Indian Medical Review
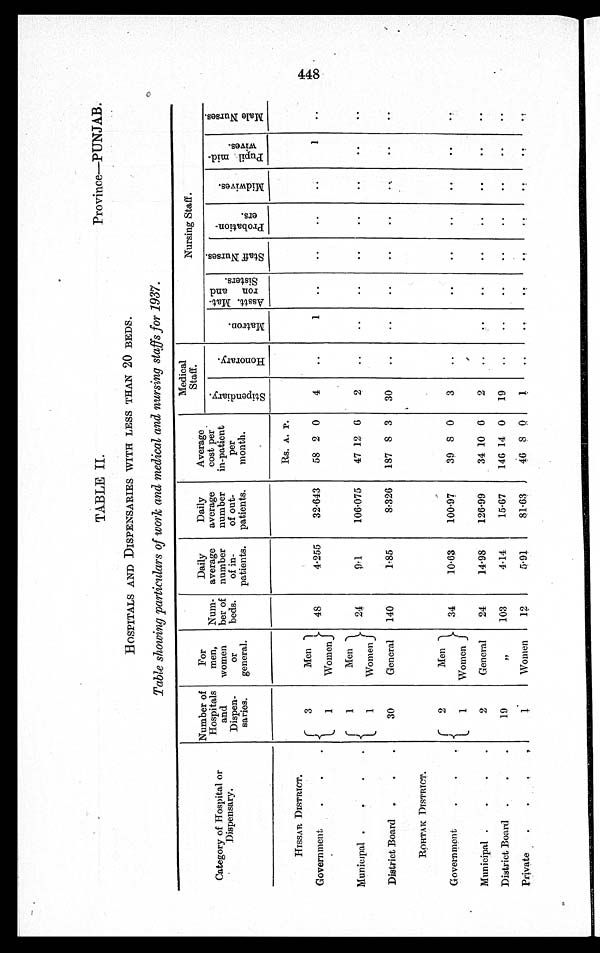
TABLE IL
Province—PUNJAB.
H O S P I T A L S A N D D I S P E N S A R I E S W I T H L E S S T H A N
2 0
B E D S .
Table showing particulars of work and medical and nursing staffs for 1937.
Category of Hospital or
Dispensary.
Number of
Hospitals
and
Dispen-
saries.
For
men,
women
o r
general.
Num-
ber of
beds.
Daily
average
number
of in-
patients.
Daily
average
number
of out-
patients.
Average
cost per
in-patient
per
month.
Medical
Staff.
Nursing Staff.
S t i p e n d i a r y .
H o n o r a r y .
M a t r o n .
A s s t t . M a t . r o n a n d s i a t e r s .
S t a f f N u r s e s .
P r o b a t i o n .
e r s .
M i d w i v e s .
P u p i l m i d .
w i v e s .
M a l e N u r s e s .
HISSAR DISTRICT.
3
Men
48
4.255
32.643
Rs. A. P.
4
..
1
. .
. . ..
. .
1
..
Government
.
.
.
58 2 0
1
Women
Municipal .
. .
1
Men
24
9 . 1
106.075
47 12 6
2
..
..
..
. .
. .
. .
. .
..
1
Women
District Board .
. .
30
General
140
1.85
8.326
187 8 3
30
..
..
. .
. .
. .
. .
. .
. .
ROHTAK DISTRICT.
Government
.
.
2
Men
34
10.63
100.97
39 8 0
3
..
..
..
..
..
..
. .
1
Women
Municipal .
.
.
.
2
General
24
14.98
126.99
34 10 6
2
..
. .
..
..
..
..
..
..
District Board .
.
.
19
„
103
4.14
15.67
146 14 0
19
..
..
..
..
..
..
. .
. .
Private
. . . .
1 Women
12
5.91
81.63
46 8 0
1
..
. .
. .
. .
. .
. . . .
. .